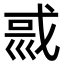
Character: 𡿿